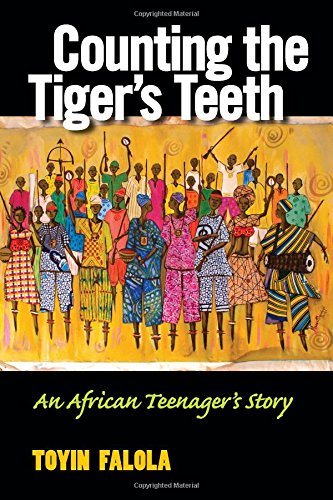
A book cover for Counting the Tiger's Teeth: An African Teenager's Story; Toyin Omoyeni Falola; History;